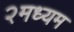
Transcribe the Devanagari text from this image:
२मध्यम